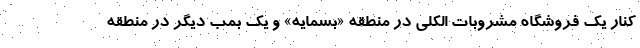
کنار یک فروشگاه مشروبات الکلی در منطقه «بسمایه» و یک بمب دیگر در منطقه